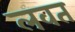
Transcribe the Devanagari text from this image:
लवत